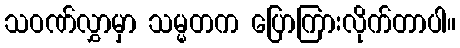
သဝဏ်လွှာမှာ သမ္မတက ပြောကြားလိုက်တာပါ။